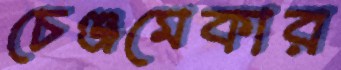
চেঞ্জমেকার